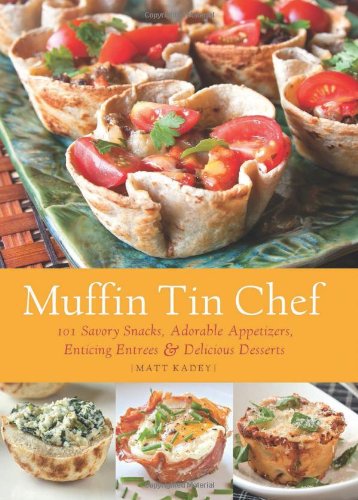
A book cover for Muffin Tin Chef: 101 Savory Snacks, Adorable Appetizers, Enticing Entrees and Delicious Desserts; Matt Kadey; Cookbooks, Food & Wine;